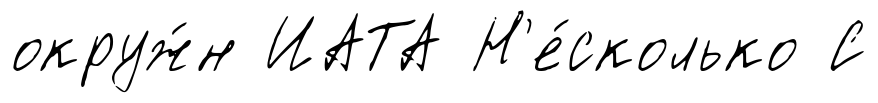
окруж́н ИАТА Н'е́сколько С